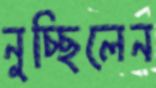
নুচ্ছিলেন